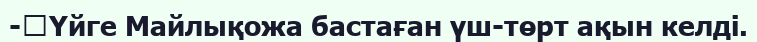
-	Үйге Майлықожа бастаған үш-төрт ақын келді.